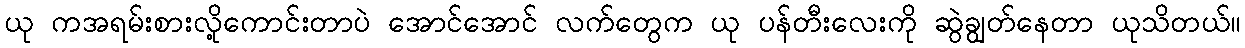
ယု ကအရမ်းစားလို့ကောင်းတာပဲ အောင်အောင် လက်တွေက ယု ပန်တီးလေးကို ဆွဲချွတ်နေတာ ယုသိတယ်။